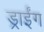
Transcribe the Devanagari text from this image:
ड्राईंग